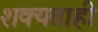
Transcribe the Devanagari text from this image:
शक्‍यताही